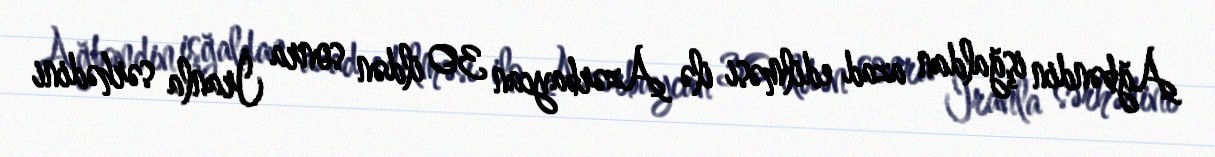
Ağbəndin işğaldan azad edilməsi ilə Azərbaycan 30 ildən sonra İranla sərhədini